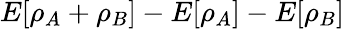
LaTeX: E[\rho_{A}+\rho_{B}]-E[\rho_{A}]-E[\rho_{B}]